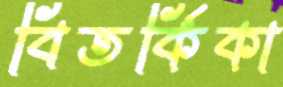
বিতর্কিকা